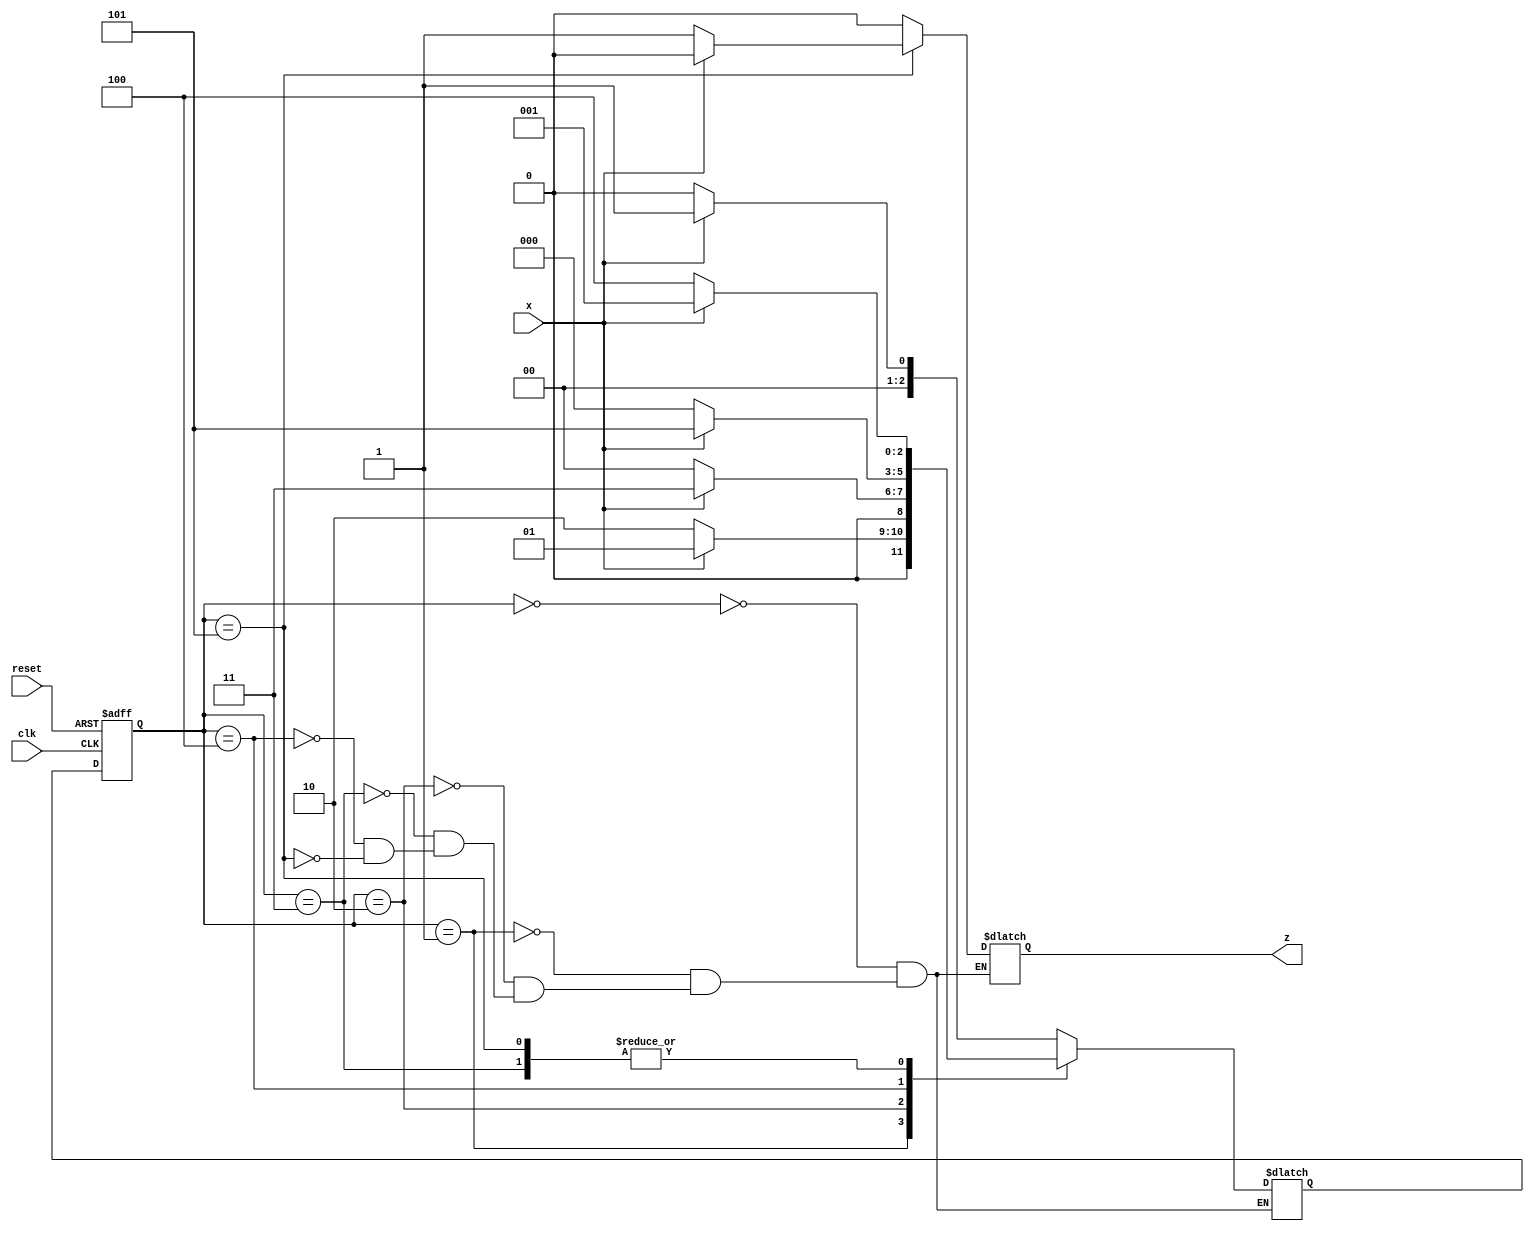
/*
// sequence detector for pattern "0110"

module sequence_detector (x, clk, reset, z); 
	input x, clk, reset;
	output reg z;
	parameter s0=0, s1=1, s2=2, s3=3;
	reg [0:1] ps, ns;
	always @(posedge clk or posedge reset)
		if (reset) ps <= s0;
		else ps <= ns;
	always @(ps, x)
		case (ps)
			s0:begin
				z = x ? 0 : 0;
				ns = x ? s0 : s1; //condition statement ....if x=1, ns= S0 . if x=0, ns = s1
			   end
			s1:begin
				z = x ? 0 : 0;
				ns = x ? s2 : s1;  
			   end			
			s2:begin
				z = x ? 0 : 0;
				ns = x ? s3 : s1;  
			   end			
			s3:begin
				z = x ? 0 : 1;
				ns = x ? s0 : s1;  
			   end
			endcase
endmodule	

*/	 

// sequence detector for pattern "101010"

module sequence_detector (x, clk, reset, z); 
	input x, clk, reset;
	output reg z;
	parameter s0=0, s1=1, s2=2, s3=3, s4=4, s5=5;
	reg [2:0] ps, ns;
	always @(posedge clk or posedge reset)
		if (reset) ps <= s0;
		else ps <= ns;
	always @(ps, x)
		case (ps)
			s0:begin
				z = x ? 0 : 0;
				ns = x ? s1 : s0; //condition statement ....if x=1, ns= S0 . if x=0, ns = s1
			   end
			s1:begin
				z = x ? 0 : 0;
				ns = x ? s1 : s2;  
			   end			
			s2:begin
				z = x ? 0 : 0;
				ns = x ? s3 : s0;  
			   end			
			s3:begin
				z = x ? 0 : 0;
				ns = x ? s1 : s4;  
			   end
			s4:begin
				z = x ? 0 : 0;
				ns = x ? s5 : s0;  
			   end
			s5:begin
				z = x ? 0 : 1;
				ns = x ? s1 : s4;  
			   end
			endcase
endmodule